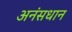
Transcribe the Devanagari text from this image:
अनंसधान